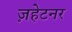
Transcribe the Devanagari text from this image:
ज़हेटनर